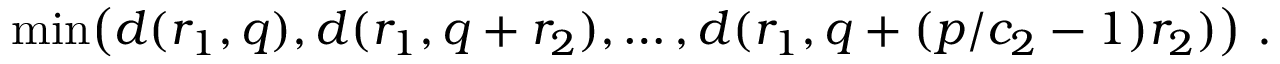
\mathrm { m i n } \big ( d ( r _ { 1 } , q ) , d ( r _ { 1 } , q + r _ { 2 } ) , \ldots , d ( r _ { 1 } , q + ( p / c _ { 2 } - 1 ) r _ { 2 } ) \big ) \ .